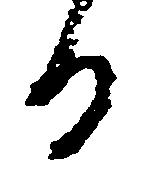
る